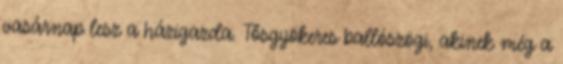
vasárnap lesz a házigazda. Tősgyökeres ballószögi, akinek még a